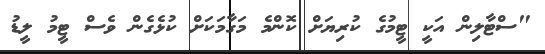
"ސްޓާލިން އަކީ ޓީމުގެ ކުރިޔަށް ކޮންމެ މަގާމަކަށް ކުޅެގެން ވެސް ޓީމު ލީޑު